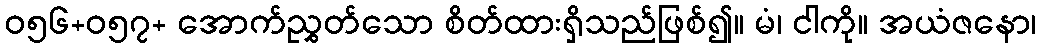
ဝ၅၆+ဝ၅၇+ အောက်ညွှတ်သော စိတ်ထားရှိသည်ဖြစ်၍။ မံ၊ ငါကို။ အယံဇနော၊